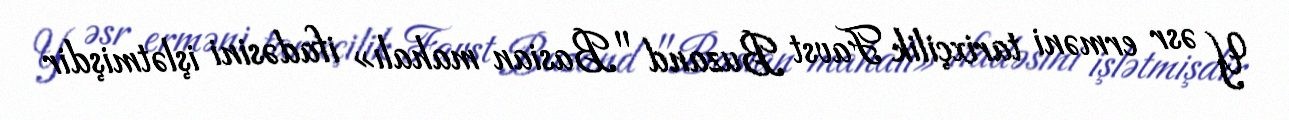
Y əsr erməni tarixçilik Favst Buzand "Basian mahalı» ifadəsini işlətmişdir